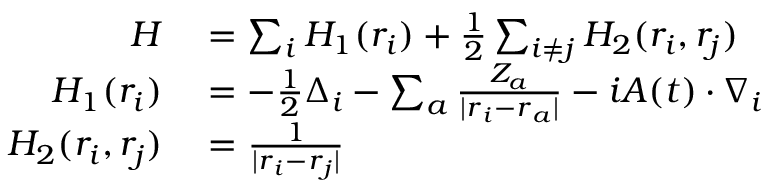
\begin{array} { r l } { H } & { { } = \sum _ { i } H _ { 1 } ( \boldsymbol { r _ { i } } ) + \frac { 1 } { 2 } \sum _ { i \neq j } H _ { 2 } ( \boldsymbol { r _ { i } } , \boldsymbol { r _ { j } } ) } \\ { H _ { 1 } ( \boldsymbol { r _ { i } } ) } & { { } = - \frac { 1 } { 2 } \Delta _ { i } - \sum _ { a } \frac { Z _ { a } } { | \boldsymbol { r } _ { i } - \boldsymbol { r } _ { a } | } - i \boldsymbol { A } ( t ) \cdot \nabla _ { i } } \\ { H _ { 2 } ( \boldsymbol { r _ { i } } , \boldsymbol { r _ { j } } ) } & { { } = \frac { 1 } { | \boldsymbol { r } _ { i } - \boldsymbol { r } _ { j } | } } \end{array}